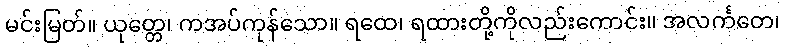
မင်းမြတ်။ ယုတ္တေ၊ ကအပ်ကုန်သော။ ရထေ၊ ရထားတို့ကိုလည်းကောင်း။ အလင်္ကတေ၊